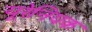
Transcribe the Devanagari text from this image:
यूरेनियक